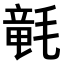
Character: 𣯡